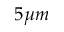
5 \mu m